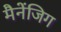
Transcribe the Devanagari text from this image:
मैनेंजिग